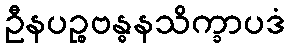
ဦနပဉ္စဗန္ဓနသိက္ခာပဒံ